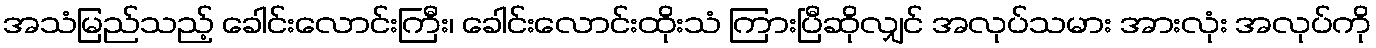
အသံမြည်သည့် ခေါင်းလောင်းကြီး၊ ခေါင်းလောင်းထိုးသံ ကြားပြီဆိုလျှင် အလုပ်သမား အားလုံး အလုပ်ကို